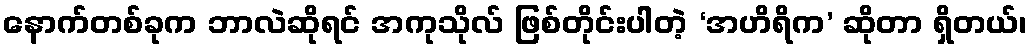
နောက်တစ်ခုက ဘာလဲဆိုရင် အကုသိုလ် ဖြစ်တိုင်းပါတဲ့ ‘အဟိရိက’ ဆိုတာ ရှိတယ်၊